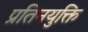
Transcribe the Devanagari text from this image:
प्रतिनयुक्ति